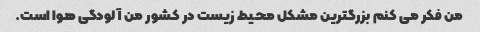
من فکر می کنم بزرگترین مشکل محیط زیست در کشور من آلودگی هوا است.